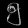
Digit: ၅